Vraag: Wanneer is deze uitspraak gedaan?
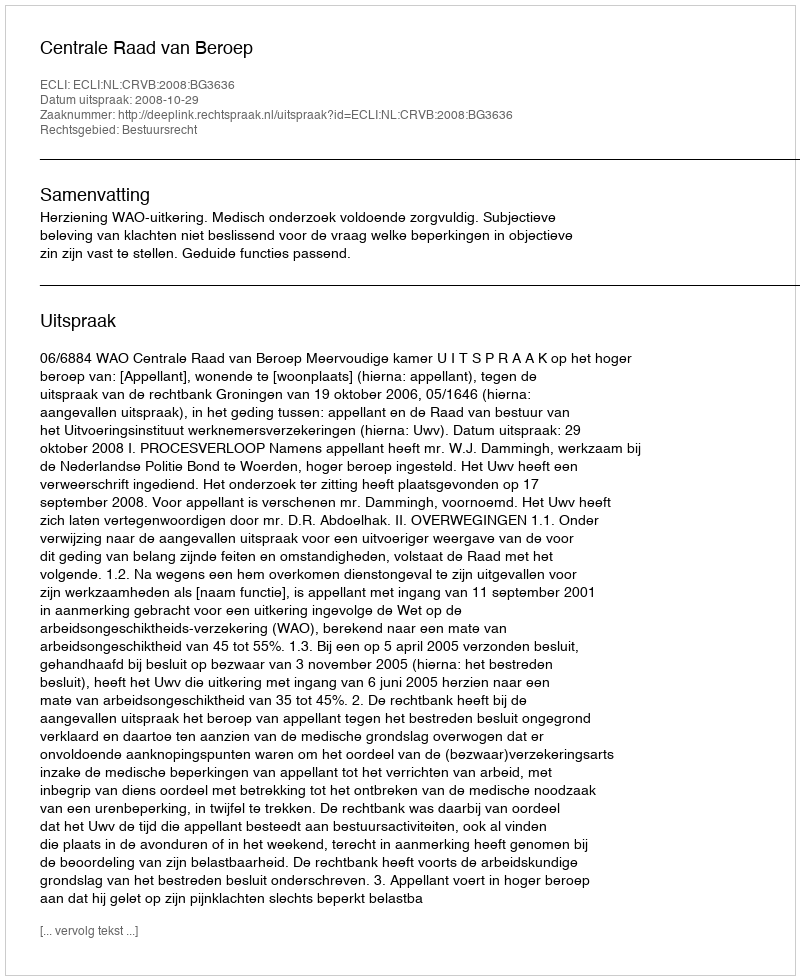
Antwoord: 2008-10-29